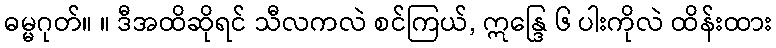
ဓမ္မဂုတ်။ ။ ဒီအထိဆိုရင် သီလကလဲ စင်ကြယ်, ဣန္ဒြေ ၆ ပါးကိုလဲ ထိန်းထား